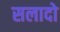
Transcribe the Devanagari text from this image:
सलादो